Sanitation, dispensaries and jails vaccination Rajputana 1922-1927 - 1922-1927
Year: 1922
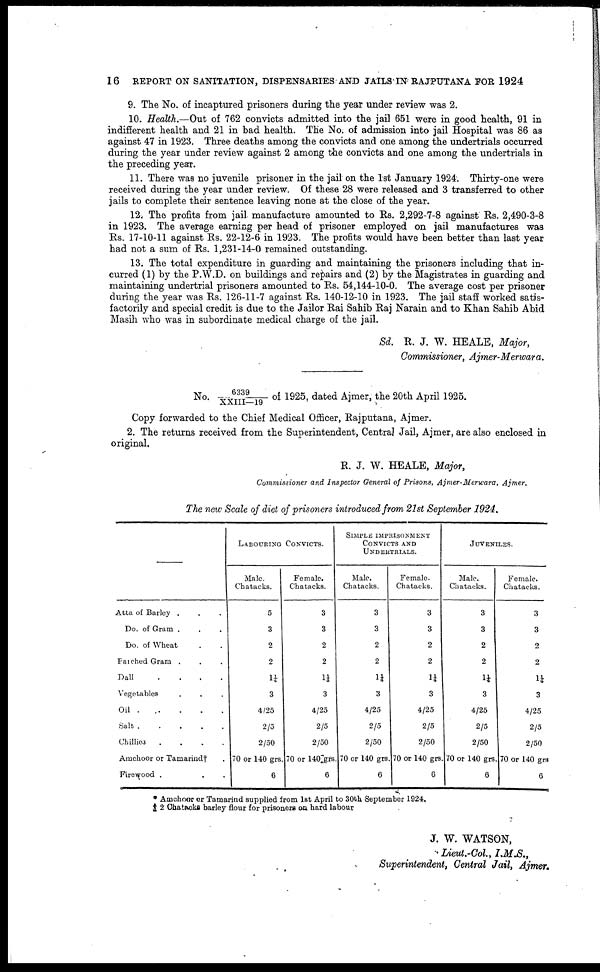
16 REPORT ON SANITATION, DISPENSARIES AND JAILS IN RAJPUTANA FOR 1924
9. The No. of incaptured prisoners during the year under review was 2.
10. Health.—Out of 762 convicts admitted into the jail 651 were in good health, 91 in
indifferent health and 21 in bad health. The No. of admission into jail Hospital was 86 as
against 47 in 1923. Three deaths among the convicts and one among the undertrials occurred
during the year under review against 2 among the convicts and one among the undertrials in
the preceding year.
11. There was no juvenile prisoner in the jail on the 1st January 1924. Thirty-one were
received during the year under review. Of these 28 were released and 3 transferred to other
jails to complete their sentence leaving none at the close of the year.
12. The profits from jail manufacture amounted to Rs. 2,292-7-8 against Rs. 2,490-3-8
in 1923. The average earning per head of prisoner employed on jail manufactures was
Rs. 17-10-11 against Rs. 22-12-6 in 1923. The profits would have been better than last year
had not a sum of Rs. 1,231-14-0 remained outstanding.
13. The total expenditure in guarding and maintaining the prisoners including that in-
curred (1) by the P.W.D. on buildings and repairs and (2) by the Magistrates in guarding and
maintaining undertrial prisoners amounted to Rs. 54,144-10-0. The average cost per prisoner
during the year was Rs. 126-11-7 against Rs. 140-12-10 in 1923. The jail staff worked satis-
factorily and special credit is due to the Jailor Rai Sahib Raj Narain and to Khan Sahib Abid
Masih who was in subordinate medical charge of the jail.
Sd. R. J. W. HEALE, Major,
Commissioner, Ajmer-Merwara.
No. 6339/ XXIII—19 of 1925, dated Ajmer, the 20th April 1925.
Copy forwarded to the Chief Medical Officer, Rajputana, Ajmer.
2. The returns received from the Superintendent, Central Jail, Ajmer, are also enclosed in
original.
R. J. W. HEALE, Major,
Commissioner and Inspector General of Prisons, Ajmer-Merwara,
Ajmer.
The new Scale of diet of prisoners introduced from 21st September 1924.
Atta of Barley ...
Do. of Gram ...
Do. of Wheat ...
Faiched Gram ...
Dall
....
Vegetables ...
Oil .....
Salt
Chillies
....
Amchoor or Tamariud† .
Firewood ...
LABOURING CONVICTS.
Male.
Chatacks.
5
3
2
2
1¼
3
4/25
2/5
2/50
70 or 140 grs
6
Female.
Chatacks.
3
3
2
2
1¼
3
4/25
2/5
2/50
70 or 140 grs
6
SIMPLE IMPRISONMENT
CONVICTS AND
UNDERTRIALS.
Male.
Chatacks.
3
3
2
2
1¼
3
4/25
2/5
2/50
70 or 140 grs.
6
Female.
Chatacks.
3
3
2
2
1¼
3
4/25
2/5
2/50
70 or 140 grs
6
JUVENILES.
Male.
Chatacks.
3
3
2
2
1¼
3
4/25
2/5
2/50
70 or 140 grs
6
Female.
Chatacks.
3
3
2
2
1¼
3
4/25
2/5
2/50
70 or 140 grs
6
* Amchoor or Tamarind supplied from 1st April to 30th September 1924.
† 2 Chataoks barley flour for prisoners on hard labour
J. W. WATSON,
Lieut.-Col., I.M.S.,
Superintendent, Central Jail, Ajmer.